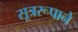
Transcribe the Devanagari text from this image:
सूत्ररूपाने